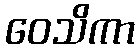
ဝေသိကာ